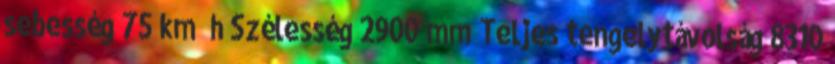
sebesség 75 km h Szélesség 2900 mm Teljes tengelytávolság 8310